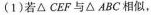
(1)若△CEF与△ABC相似，